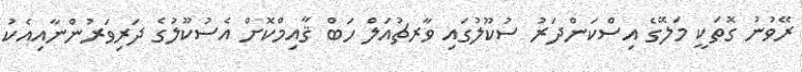
ރޭވުނު ގޮތަކީ މަލޭގެ އިސްކަންދަރު ސުކޫލުގައި ވާރޗުއަލް ހަބް ޤާއިމްކޮށް އެސުކޫލުގެ ދަރިވަރުންނާއިއެކު